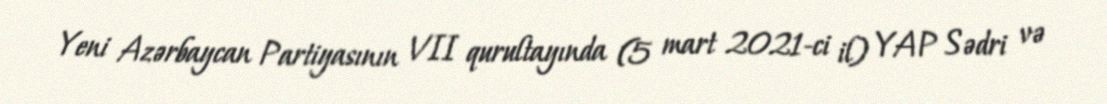
Yeni Azərbaycan Partiyasının VII qurultayında (5 mart 2021-ci il) YAP Sədri və